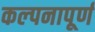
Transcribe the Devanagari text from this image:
कल्‍पनापूर्ण